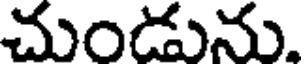
చుండును.